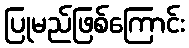
ပြုမည်ဖြစ်ကြောင်း